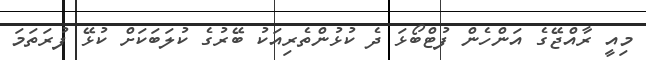
މިއީ ރާއްޖޭގެ އަންހެން ފުޓްބޯޅަ ދެ ކުޅުންތެރިއަކު ބޭރުގެ ކުލަބަކަށް ކުޅޭ ފުރަތަމަ